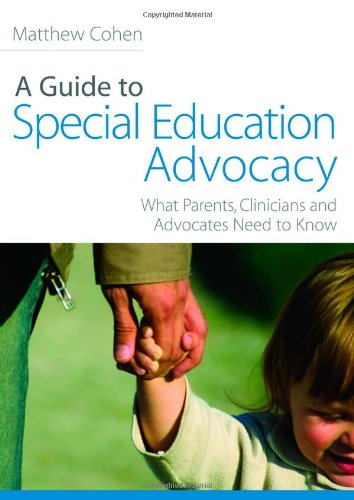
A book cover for A Guide to Special Education Advocacy; Matthew Cohen; Law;